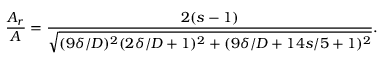
\frac { A _ { r } } { A } = \frac { 2 ( s - 1 ) } { \sqrt { ( 9 \delta / D ) ^ { 2 } ( 2 \delta / D + 1 ) ^ { 2 } + ( 9 \delta / D + 1 4 s / 5 + 1 ) ^ { 2 } } } .